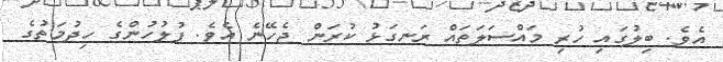
އެވެ. ބިލުގައި ހުރި މައްސަލަތައް ރަނގަޅު ކުރަން ޖެހޭނެ އެވެ. ފުލުހުންގެ ހިދުމަތުގެ